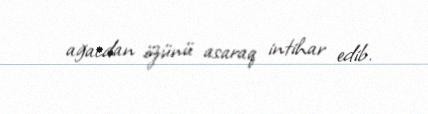
ağacdan özünü asaraq intihar edib.